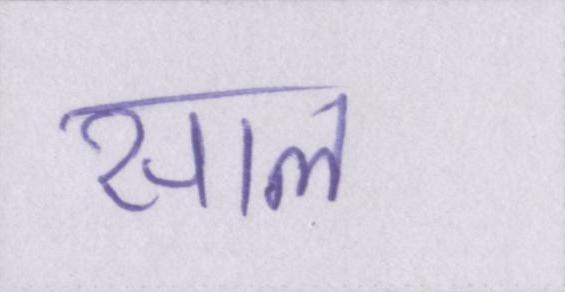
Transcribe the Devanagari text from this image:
साल